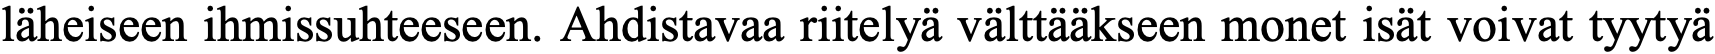
läheiseen ihmissuhteeseen. Ahdistavaa riitelyä välttääkseen monet isät voivat tyytyä